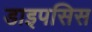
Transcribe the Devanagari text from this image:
डाइपसिस